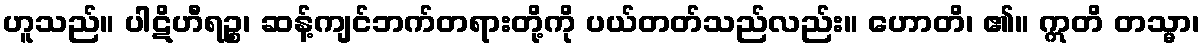
ဟူသည်။ ပါဋိဟီရဉ္စ၊ ဆန့်ကျင်ဘက်တရားတို့ကို ပယ်တတ်သည်လည်း။ ဟောတိ၊ ၏။ ဣတိ တသ္မာ၊